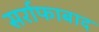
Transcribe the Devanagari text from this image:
सर्राफाबाद